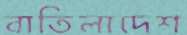
বাতিলাদেশ